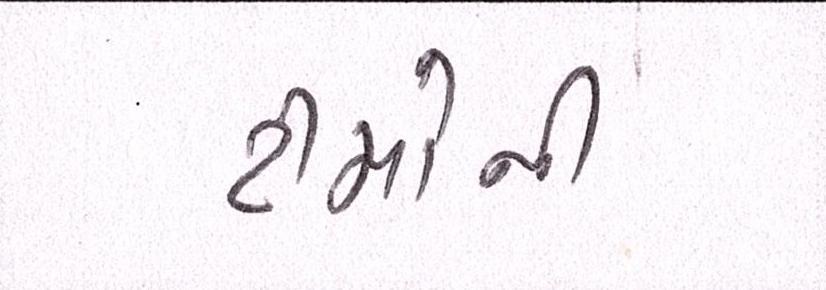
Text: ટીમોની